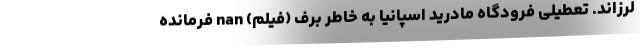
لرزاند. تعطیلی فرودگاه مادرید اسپانیا به خاطر برف (فیلم) nan فرمانده